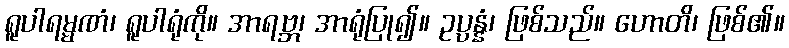
ရူပါရမ္မဏံ၊ ရူပါရုံကို။ အာရဗ္ဘ၊ အာရုံပြု၍။ ဥပ္ပန္နံ၊ ဖြစ်သည်။ ဟောတိ၊ ဖြစ်၏။